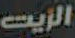
الزيت